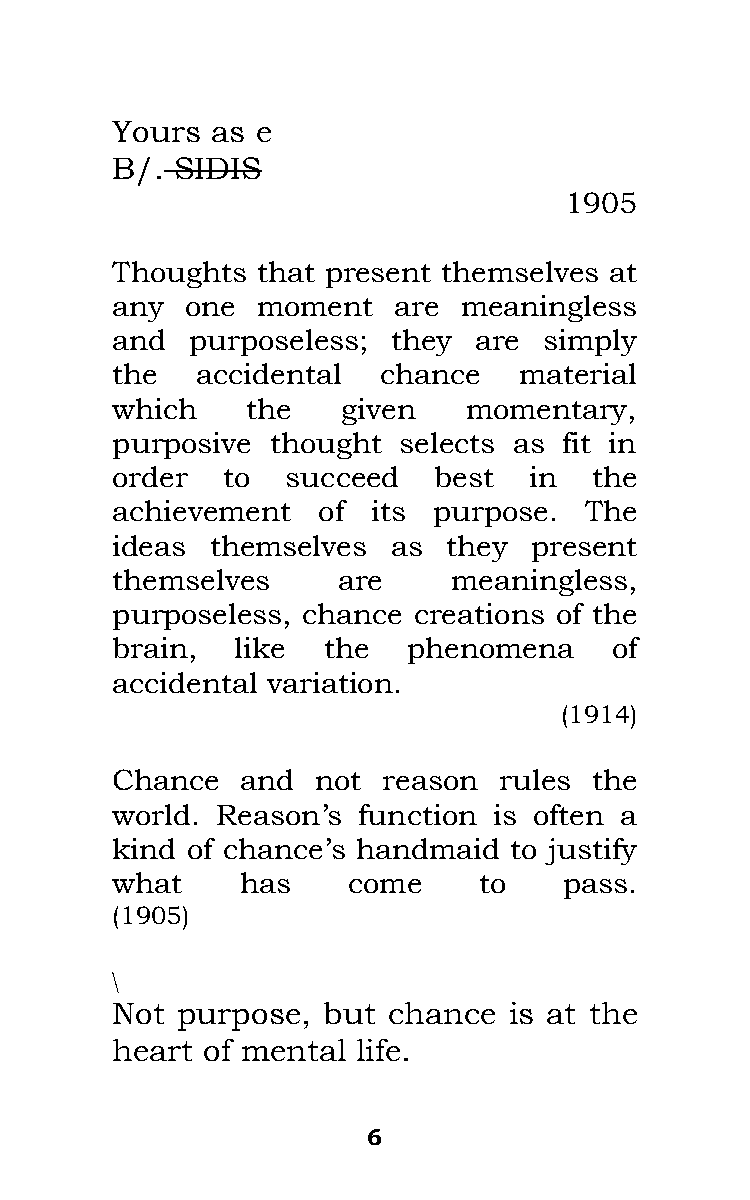
Yours  as e
 B/.  SIDIS
 1905
 Thoughts  that present themselves at
 any  one  moment   are  meaningless
 and   purposeless; they  are simply
 the   accidental  chance   material
 which    the    given   momentary,
 purposive  thought selects as fit in
 order   to  succeed   best  in  the
 achievement   of  its purpose.  The
 ideas  themselves  as  they present
 themselves     are     meaningless,
 purposeless, chance creations of the
 brain,   like the   phenomena     of
 accidental variation.
 (1914)
 Chance   and  not reason  rules the
 world. Reason’s  function is often a
 kind of chance’s handmaid  to justify
 what     has    come     to   pass.
 (1905)
 \
 Not  purpose, but  chance  is at the
 heart of mental  life.
 6